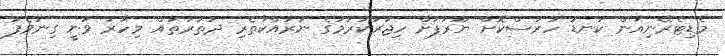
މެޑިޓެރޭނިއަން ކަނޑު ހުރަސްކޮށް ޔޫރަޕަށް ހިޖުރަކުރުމުގެ ނުރައްކާތެރި ދަތުރުތައް މިހާރު ވަނީ ގިނަވެފަ